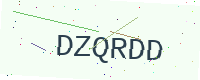
Text: DZQRDD